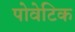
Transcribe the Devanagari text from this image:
पोवेटिक